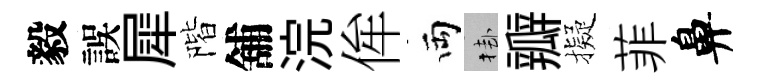
毅誤犀階舖浣侔両挂瓣擬菲鼻